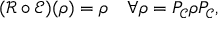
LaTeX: ( { \mathcal { R } } \circ { \mathcal { E } } ) ( \rho ) = \rho \quad \forall \rho = P _ { \mathcal { C } } \rho P _ { \mathcal { C } } ,